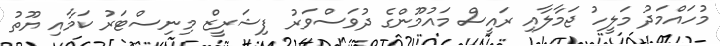
މުހައްމަދު މަލީހު ޖަމާލާއި ރައީސް މައުމޫންގެ ދުވަސްވަރު ފިޝަރީޒް މިނިސްޓަރު ކަމާއި ޔޫތު